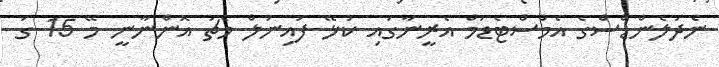
ނެދަލެންޑްސްގެ އެމްސްޓެޑަމް އެރީނާގައި ކުޅޭ ފައިނަލް މެޗު އޮންނާނީ މޭ 15 ގަ